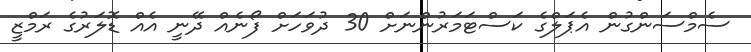
ސެމްސަންގުން އެޕަލްގެ ކަސްޓަމަރުންނަށް 30 ދުވަހަށް ފޯނެއް ދޭނީ އެއް ޑޮލަރުގެ ރަމްޒީ